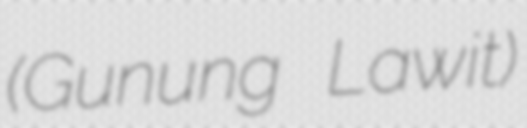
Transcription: (Gunung Lawit)